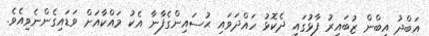
އަބްދު އިބްން ޒުބައިރު ފާޅުގައި ދެކޮޅު ހައްދަވައި ޙުސައިންގެފާނާ އެކު މައްކާއަށް ވަޑައިގެންނެވިއެވެ.